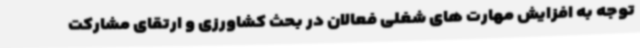
توجه به افزایش مهارت های شغلی فعالان در بحث کشاورزی و ارتقای مشارکت